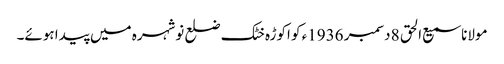
مولانا سمیع الحق 8 دسمبر 1936ء کو اکوڑہ خٹک ضلع نوشہرہ میں پیدا ہوئے۔